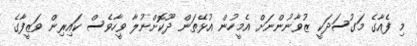
މި ފެއާގެ މަގުސަދަކީ ޒުވާނުންނަށް އެމީހުން އުޅޭތަން ދޫކޮށްނުލާ ވީހާވެސް ކައިރިން ވަޒީފާގެ